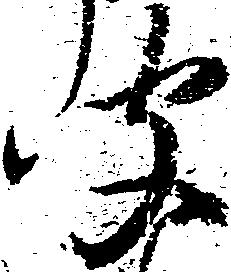
聞